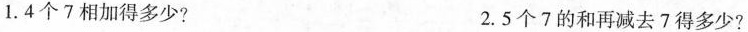
1. 4个7相加得多少? 2. 5个7的和再减去7得多少?